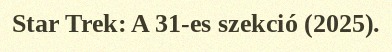
Star Trek: A 31-es szekció (2025).